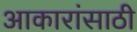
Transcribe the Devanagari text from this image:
आकारांसाठी